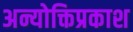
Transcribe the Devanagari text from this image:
अन्योक्तिप्रकाश